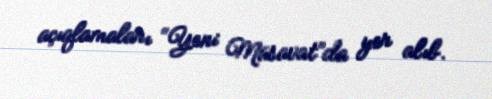
açıqlamaları “Yeni Müsavat”da yer alıb.